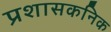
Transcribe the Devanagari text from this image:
प्रशासकनिक